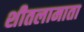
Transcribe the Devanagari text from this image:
शीतलामाता